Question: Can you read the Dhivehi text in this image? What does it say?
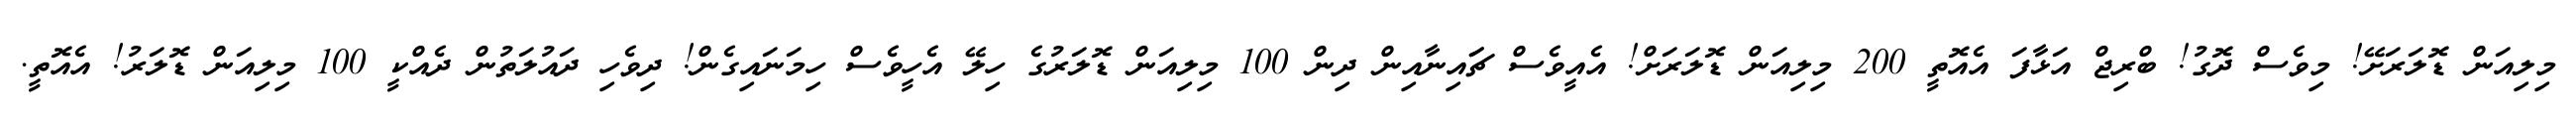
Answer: މިލިއަން ޑޮލަރަށޭ! މިވެސް ދޮގު! ބްރިޖް އަޅާފަ އެއޮތީ 200 މިލިއަން ޑޮލަރަށް! އެއީވެސް ޗަައިނާއިން ދިން 100 މިލިއަން ޑޮލަރުގެ ހިލޭ އެހީވެސް ހިމަނައިގެން! ދިވެހި ދައުލަތުން ދެއްކީ 100 މިލިއަން ޑޮލަރު! އެއޮތީ.